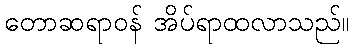
တောဆရာဝန် အိပ်ရာထလာသည်။